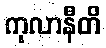
ကုလာနီတိ